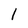
Character: 1